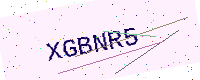
Text: XGBNR5